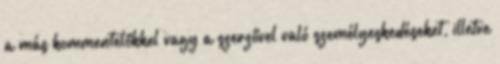
a más kommentelőkkel vagy a szerzővel való személyeskedéseket, illetve